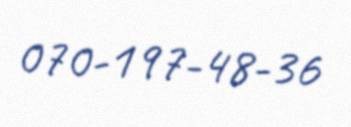
070-197-48-36